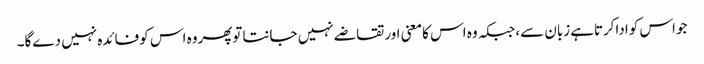
جواس کواداکرتاہےزبان سے،جبکہ وہ اس کامعنی اورتقاضے نہیں جانتاتوپھروہ اس کوفائدہ نہیں دےگا۔